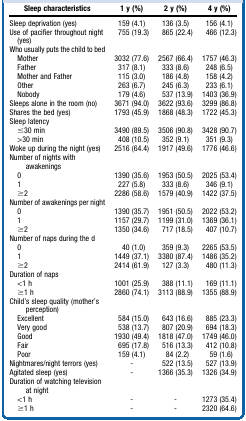
<table><thead><tr><td><b>Sleep characteristics</b></td><td><b>1 y (%)</b></td><td><b>2 y (%)</b></td><td><b>4 y (%)</b></td></tr></thead><tbody><tr><td>Sleep deprivation (yes)</td><td>159 (4.1)</td><td>136 (3.5)</td><td>156 (4.1)</td></tr><tr><td>Use of pacifier throughout night (yes)</td><td>755 (19.3)</td><td>865 (22.4)</td><td>466 (12.3)</td></tr><tr><td>Who usually puts the child to bed</td><td></td><td></td><td></td></tr><tr><td> Mother</td><td>3032 (77.6)</td><td>2567 (66.4)</td><td>1757 (46.3)</td></tr><tr><td> Father</td><td>317 (8.1)</td><td>333 (8.6)</td><td>248 (6.5)</td></tr><tr><td> Mother and Father</td><td>115 (3.0)</td><td>186 (4.8)</td><td>158 (4.2)</td></tr><tr><td> Other</td><td>263 (6.7)</td><td>245 (6.3)</td><td>233 (6.1)</td></tr><tr><td> Nobody</td><td>179 (4.6)</td><td>537 (13.9)</td><td>1403 (36.9)</td></tr><tr><td>Sleeps alone in the room (no)</td><td>3671 (94.0)</td><td>3622 (93.6)</td><td>3299 (86.8)</td></tr><tr><td>Shares the bed (yes)</td><td>1793 (45.9)</td><td>1868 (48.3)</td><td>1722 (45.3)</td></tr><tr><td>Sleep latency</td><td></td><td></td><td></td></tr><tr><td> ≤30 min</td><td>3490 (89.5)</td><td>3506 (90.8)</td><td>3428 (90.7)</td></tr><tr><td> &gt;30 min</td><td>408 (10.5)</td><td>352 (9.1)</td><td>351 (9.3)</td></tr><tr><td>Woke up during the night (yes)</td><td>2516 (64.4)</td><td>1917 (49.6)</td><td>1776 (46.6)</td></tr><tr><td>Number of nights with awakenings</td><td></td><td></td><td></td></tr><tr><td> 0</td><td>1390 (35.6)</td><td>1953 (50.5)</td><td>2025 (53.4)</td></tr><tr><td> 1</td><td>227 (5.8)</td><td>333 (8.6)</td><td>346 (9.1)</td></tr><tr><td> ≥2</td><td>2286 (58.6)</td><td>1579 (40.9)</td><td>1422 (37.5)</td></tr><tr><td>Number of awakenings per night</td><td></td><td></td><td></td></tr><tr><td> 0</td><td>1390 (35.7)</td><td>1951 (50.5)</td><td>2022 (53.2)</td></tr><tr><td> 1</td><td>1157 (29.7)</td><td>1199 (31.0)</td><td>1369 (36.1)</td></tr><tr><td> ≥2</td><td>1350 (34.6)</td><td>717 (18.5)</td><td>407 (10.7)</td></tr><tr><td>Number of naps during the d</td><td></td><td></td><td></td></tr><tr><td> 0</td><td>40 (1.0)</td><td>359 (9.3)</td><td>2265 (53.5)</td></tr><tr><td> 1</td><td>1449 (37.1)</td><td>3380 (87.4)</td><td>1486 (35.2)</td></tr><tr><td> ≥2</td><td>2414 (61.9)</td><td>127 (3.3)</td><td>480 (11.3)</td></tr><tr><td>Duration of naps</td><td></td><td></td><td></td></tr><tr><td> &lt;1 h</td><td>1001 (25.9)</td><td>388 (11.1)</td><td>169 (11.1)</td></tr><tr><td> ≥1 h</td><td>2860 (74.1)</td><td>3113 (88.9)</td><td>1355 (88.9)</td></tr><tr><td>Child&#x27;s sleep quality (mother&#x27;s perception)</td><td></td><td></td><td></td></tr><tr><td> Excellent</td><td>584 (15.0)</td><td>643 (16.6)</td><td>885 (23.3)</td></tr><tr><td> Very good</td><td>538 (13.7)</td><td>807 (20.9)</td><td>694 (18.3)</td></tr><tr><td> Good</td><td>1930 (49.4)</td><td>1818 (47.0)</td><td>1749 (46.0)</td></tr><tr><td> Fair</td><td>695 (17.8)</td><td>516 (13.3)</td><td>412 (10.8)</td></tr><tr><td> Poor</td><td>159 (4.1)</td><td>84 (2.2)</td><td>59 (1.6)</td></tr><tr><td>Nightmares/night terrors (yes)</td><td>-</td><td>522 (13.5)</td><td>527 (13.9)</td></tr><tr><td>Agitated sleep (yes)</td><td>-</td><td>1366 (35.3)</td><td>1326 (34.9)</td></tr><tr><td>Duration of watching television at night</td><td></td><td></td><td></td></tr><tr><td> &lt;1 h</td><td>-</td><td>-</td><td>1273 (35.4)</td></tr><tr><td> ≥1 h</td><td>-</td><td>-</td><td>2320 (64.6)</td></tr></tbody></table>